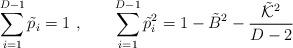
LaTeX: \begin{align*}\sum_{i=1}^{D-1} \tilde{p}_i = 1 \ , \qquad \sum_{i=1}^{D-1} \tilde{p}_i^2 = 1 - \tilde{B}^2 - \frac{\tilde{{\cal K}}^2}{D-2}\end{align*}